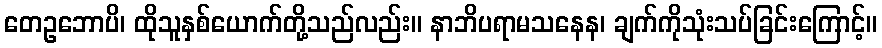
တေဥဘောပိ၊ ထိုသူနှစ်ယောက်တို့သည်လည်း။ နာဘိပရာမသနေန၊ ချက်ကိုသုံးသပ်ခြင်းကြောင့်။